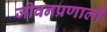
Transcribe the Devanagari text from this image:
जीवनप्रणाली